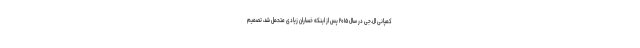
کمپانی ال.جی در سال ۲۰۱۵ پس از اینکه خساران زیادی متحمل شد، تصمیم